Civil Veterinary Dept. Bombay admin report 1914-1922 - 1914-1922
Year: 1914
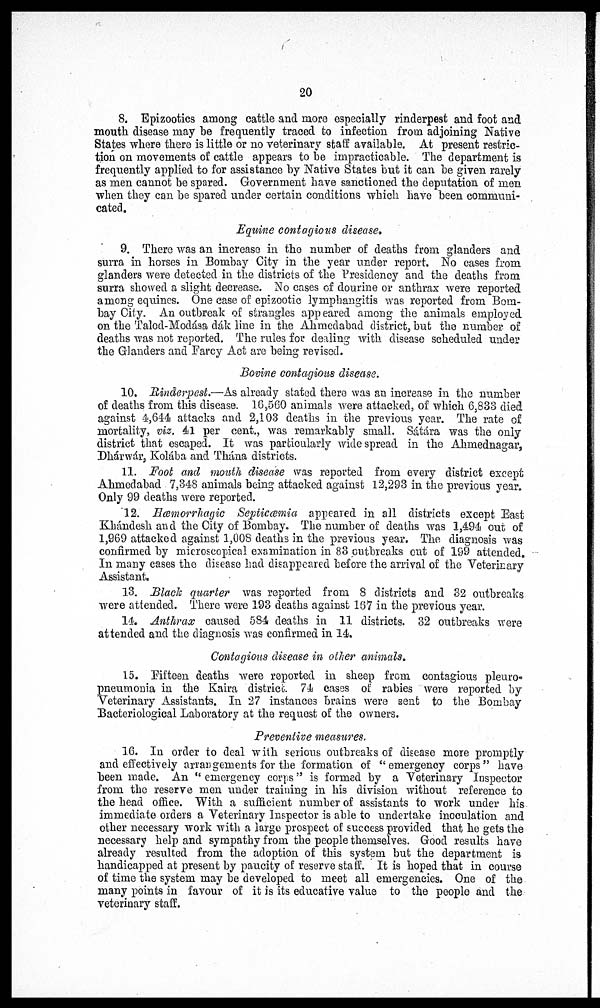
20
8. Epizootics among cattle and more especially rinderpest and foot and
mouth disease may be frequently traced to infection from adjoining Native
States where there is little or no veterinary staff available. At present restric-
tion on movements of cattle appears to be impracticable. The department is
frequently applied to for assistance by Native States but it can be given rarely
as men cannot be spared. Government have sanctioned the deputation of men
when they can be spared under certain conditions which have been communi-
cated.
Equine contagious disease.
9. There was an increase in the number of deaths from glanders and
surra in horses in Bombay City in the year under report. No cases from
glanders were detected in the districts of the Presidency and the deaths from
surra showed a slight decrease. No cases of dourine or anthrax were reported
among equines. One case of epizootic lymphangitis was reported from Bom-
bay City. An outbreak of strangles appeared among the animals employed
on the Talod-Modása dák line in the Ahmedabad district, but the number of
deaths was not reported. The rules for dealing with disease scheduled under
the Glanders and Farcy Act are being revised.
Bovine contagious disease.
10. Rinderpest.—As already stated there was an increase in the number
of deaths from this disease. 16,560 animals were attacked, of which 6,833 died
against 4,644 attacks and 2,103 deaths in the previous year. The rate of
mortality, viz. 41 per cent., was remarkably small. Sátára was the only
district that escaped. It was particularly wide spread in the Ahmednagar,
Dhárwár, Kolába and Thána districts.
11. Foot and mouth disease was reported from every district except
Ahmedabad 7,348 animals being attacked against 12,293 in the previous year.
Only 99 deaths were reported.
12. Hæmorrhagic Septicæmia appeared in all districts except East
Khándesh and the City of Bombay. The number of deaths was 1,494 out of
1,969 attacked against 1,008 deaths in the previous year. The diagnosis was
confirmed by microscopical examination in 83 outbreaks out of 199 attended.
In many cases the disease had disappeared before the arrival of the Veterinary
Assistant
13. Black quarter was reported from 8 districts and 32 outbreaks
were attended. There were 193 deaths against 167 in the previous year.
14. Anthrax caused 584 deaths in 11 districts. 32 outbreaks were
attended and the diagnosis was confirmed in 14.
Contagious disease in other animals.
15. Fifteen deaths were reported in sheep from contagious pleuro-
pneumonia in the Kaira district. 74 cases of rabies were reported by
Veterinary Assistants. In 27 instances brains were sent to the Bombay
Bacteriological Laboratory at the request of the owners.
Preventive measures.
16. In order to deal with serious outbreaks of disease more promptly
and effectively arrangements for the formation of "emergency corps" have
been made. An " emergency corps" is formed by a Veterinary Inspector
from the reserve men under training in his division without reference to
the head office. With a sufficient number of assistants to work under his
immediate orders a Veterinary Inspector is able to undertake inoculation and
other necessary work with a large prospect of success provided that he gets the
necessary help and sympathy from the people themselves. Good results have
already resulted from the adoption of this system but the department is
handicapped at present by paucity of reserve staff. It is hoped that in course
of time the system may be developed to meet all emergencies. One of the
many points in favour of it is its educative value to the people and the
veterinary staff.